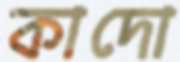
কাদো